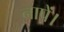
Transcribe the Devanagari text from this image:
नापें।